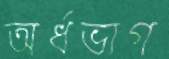
অর্ধভাগ